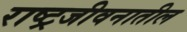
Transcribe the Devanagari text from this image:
राष्ट्रजीवनातील